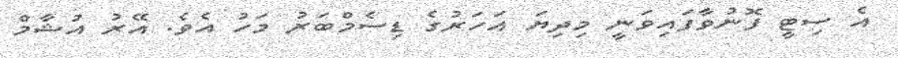
އެ ސިޓީ ފޮނުވާފައިވަނީ މިދިޔަ އަހަރުގެ ޑިސެމްބަރު މަހު އެވެ. އޭރު އުޝާމް